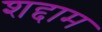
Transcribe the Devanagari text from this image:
शद्दाम